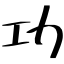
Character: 功